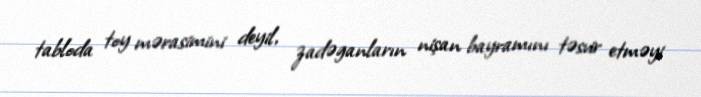
tabloda toy mərasimini deyil, zadəganların nişan bayramını təsvir etməyi